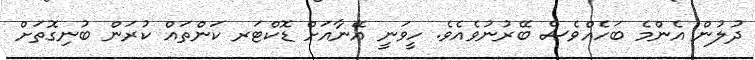
ދުލުން އެންމެ ބަހެއްވެސް ބޭރުނުވެއެވެ. ހީވަނީ އޭނާއަށް ޑޮކްޓަރ ކަންތައް ކުރަން ބުނިގޮތަށް